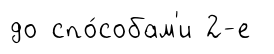
до спо́собам'и 2-е